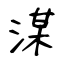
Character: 湈